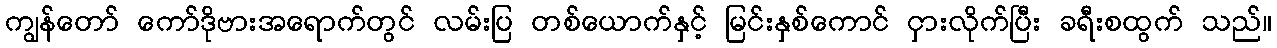
ကျွန်တော် ကော်ဒိုဗားအရောက်တွင် လမ်းပြ တစ်ယောက်နှင့် မြင်းနှစ်ကောင် ငှားလိုက်ပြီး ခရီးစထွက် သည်။